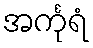
အင်္ကုရံ